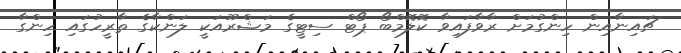
ޗައިނާއިން ހިންގުމަށް ރާވާފައިވާ ކޮލޮމްބޯ ޕޯޓް ސިޓީގެ މަޝްރޫއަކީ ލަންކާގެ ތާރީހުގައި ހިންގާ